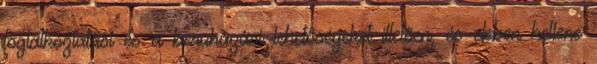
foglalkoztatási és a beruházási lehetőségeket illetően, és ebben kellene